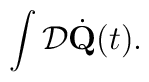
\int {\cal D}\dot {\bf Q}(t).